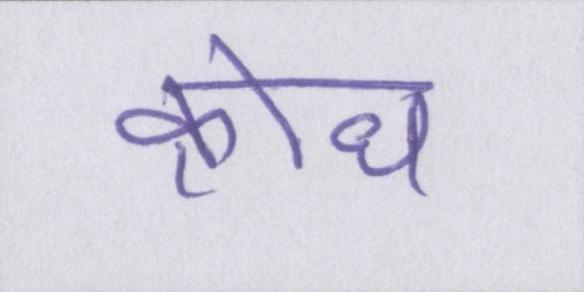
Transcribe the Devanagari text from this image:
क्रोध